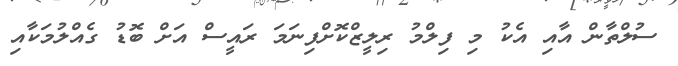
ސުލްތާން އާއި އެކު މި ފިލްމު ރިލީޒްކޮށްފިނަމަ ރައީސް އަށް ބޮޑު ގެއްލުމަކާއި